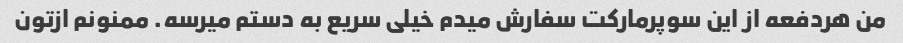
من هردفعه از این سوپرمارکت سفارش میدم خیلی سریع به دستم میرسه. ممنونم ازتون